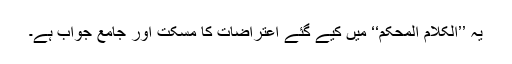
یہ ’’الکلام المحکم‘‘ میں کیے گئے اعتراضات کا مسکت اور جامع جواب ہے۔